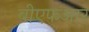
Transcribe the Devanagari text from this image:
बीएफआर